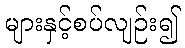
များနှင့်စပ်လျဉ်း၍